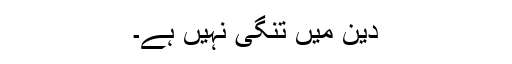
دین میں تنگی نہیں ہے۔